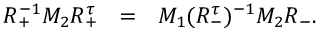
R _ { + } ^ { - 1 } M _ { 2 } R _ { + } ^ { \tau } ~ ~ = ~ { } ~ M _ { 1 } ( R _ { - } ^ { \tau } ) ^ { - 1 } M _ { 2 } R _ { - } .